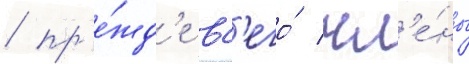
/ пр'е́жд'е вс'его́ чл'е́ны